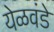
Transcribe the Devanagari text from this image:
येळवंडे